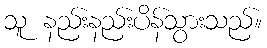
သူ နည်းနည်းပိန်သွားသည်။